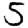
Digit: 5